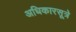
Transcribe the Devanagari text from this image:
अधिकारसूत्रे